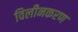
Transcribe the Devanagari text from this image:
विलीनकरण